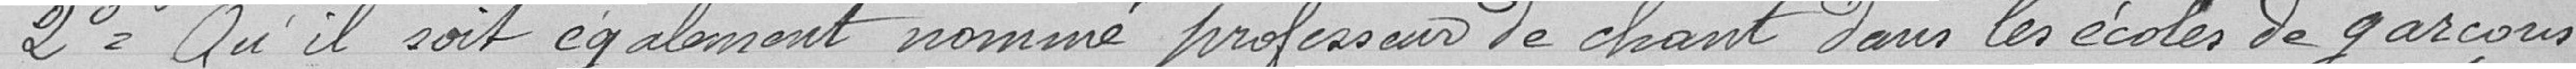
2° = Qu'il soit également nommé professeur de chant dans les écoles de garçons,